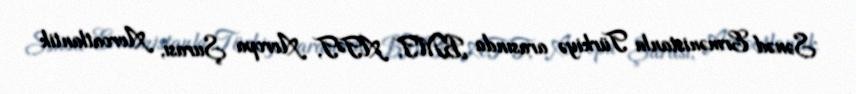
Sənəd Ermənistanla Türkiyə arasında BMT, ATƏT, Avropa Şurası, Avroatlantik